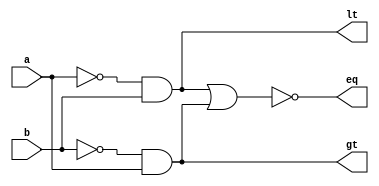
`timescale 1ns / 1ps
//////////////////////////////////////////////////////////////////////////////////
// Company: 
// Engineer: 
// 
// Design Name: 
// Module Name: comparator_1bit
// Project Name: 
// Target Devices: 
// Tool Versions: 
// Description: 
// 
// Dependencies: 
// 
// Revision:
// Revision 0.01 - File Created
// Additional Comments:
// 
//////////////////////////////////////////////////////////////////////////////////


module comparator_1bit(a,b,gt ,lt,eq);

input a,b;
output lt,gt,eq;
wire abar,bbar;

not n1(abar,a);
//assign bbar = ~b;
not n2(bbar,b);
//assign lt = abar & b;

and a1(lt,abar,b);
//assign gt = bbar & a;
and a2(gt,bbar,a);
//assign eq = ~(lt|gt);
nor nor3(eq,lt,gt);
endmodule